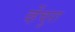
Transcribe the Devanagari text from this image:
व्हेंचुरा